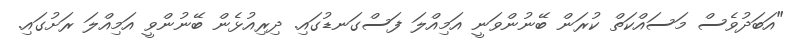
"އަބަދުވެސް މަސައްކަތް ކުރަން ބޭނުންވަނީ އަމިއްލަ ފަސްގަނޑުގައި. ދިރިއުޅެން ބޭނުންވީ އަމިއްލަ ރަށުގައި.